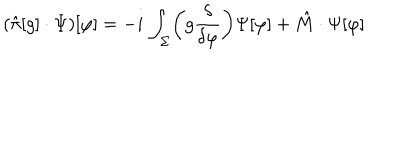
( \hat { \pi } [ g ] \cdot \Psi ) [ \varphi ] = - i \, \int _ { \Sigma } \biggl ( g { \frac { \delta } { \delta \varphi } } \biggr ) \Psi [ \varphi ] + \hat { M } \cdot \Psi [ \varphi ]